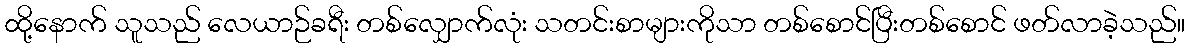
ထို့နောက် သူသည် လေယာဉ်ခရီး တစ်လျှောက်လုံး သတင်းစာများကိုသာ တစ်စောင်ပြီးတစ်စောင် ဖတ်လာခဲ့သည်။